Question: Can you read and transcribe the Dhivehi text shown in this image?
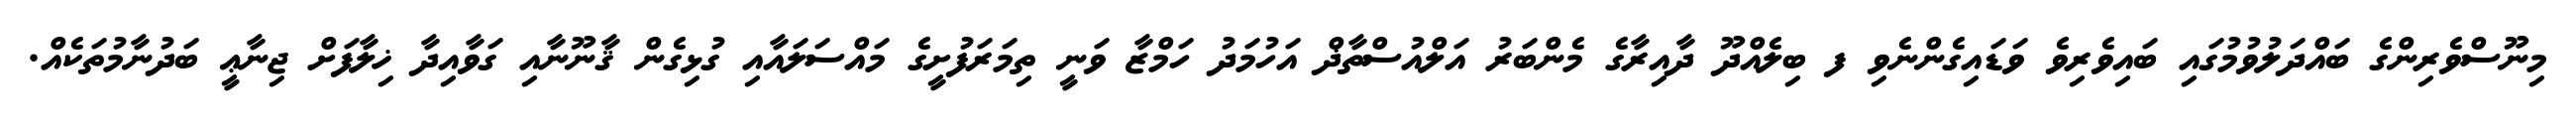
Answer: މިނޫސްވެރިންގެ ބައްދަލުވުމުގައި ބައިވެރިވެ ވަޑައިގެންނެވި ފ ބިލެއްދޫ ދާއިރާގެ މެންބަރު އަލްއުސްތާޛް އަހުމަދު ހަމްޒާ ވަނީ ތިމަރަފުށީގެ މައްސަލައާއި ގުޅިގެން ޤާނޫނާއި ގަވާއިދާ ޚިލާފަށް ޖިނާޢީ ބަދުނާމުތަކެއް.